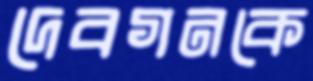
দেবগনকে